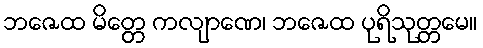
ဘဇေထ မိတ္တေ ကလျာဏေ၊ ဘဇေထ ပုရိသုတ္တမေ။